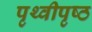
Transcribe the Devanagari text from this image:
पृथ्वीपृष्ठ